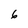
Character: 6